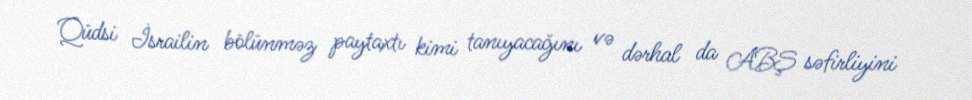
Qüdsi İsrailin bölünməz paytaxtı kimi tanıyacağını və dərhal da ABŞ səfirliyini